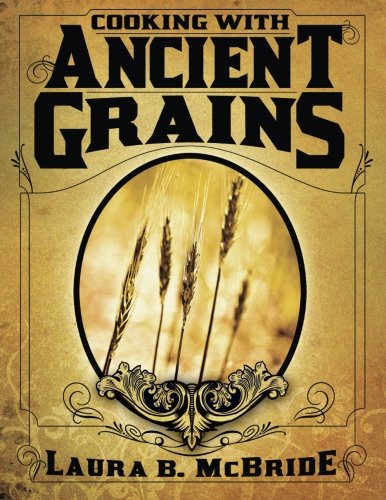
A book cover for Cooking With Ancient Grains; Laura Blake McBride; Cookbooks, Food & Wine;